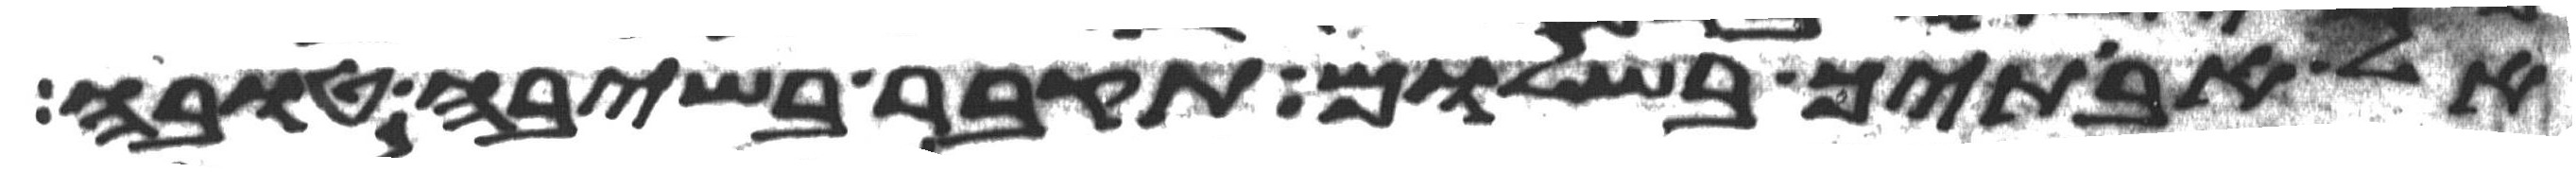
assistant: אל אבתיך בשלום תקבר בשיבה טובה